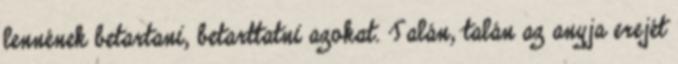
lennének betartani, betarttatni azokat. Talán, talán az anyja erejét